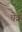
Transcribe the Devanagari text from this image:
चेव्र